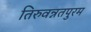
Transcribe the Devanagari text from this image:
तिरुवन्नतपुरम